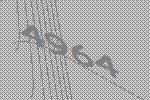
4964